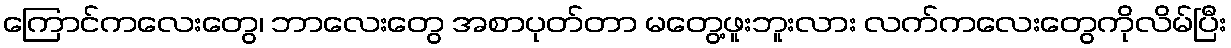
ကြောင်ကလေးတွေ၊ ဘာလေးတွေ အစာပုတ်တာ မတွေ့ဖူးဘူးလား လက်ကလေးတွေကိုလိမ်ပြီး